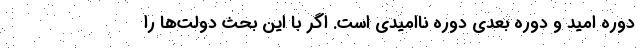
دوره امید و دوره بعدی دوره ناامیدی است. اگر با این بحث دولت‌ها را